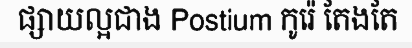
ផ្សាយល្អជាង Postium កូរ៉េ តែងតែ